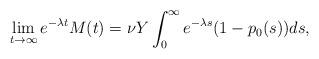
LaTeX: \begin{align*} \lim_{t \to \infty} e^{-\lambda t} M(t) = \nu Y \int_0^\infty e^{-\lambda s} (1-p_0(s)) ds, \end{align*}